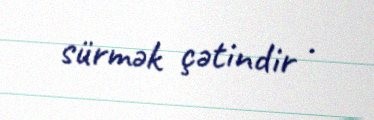
sürmək çətindir .